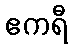
ဧကရီ